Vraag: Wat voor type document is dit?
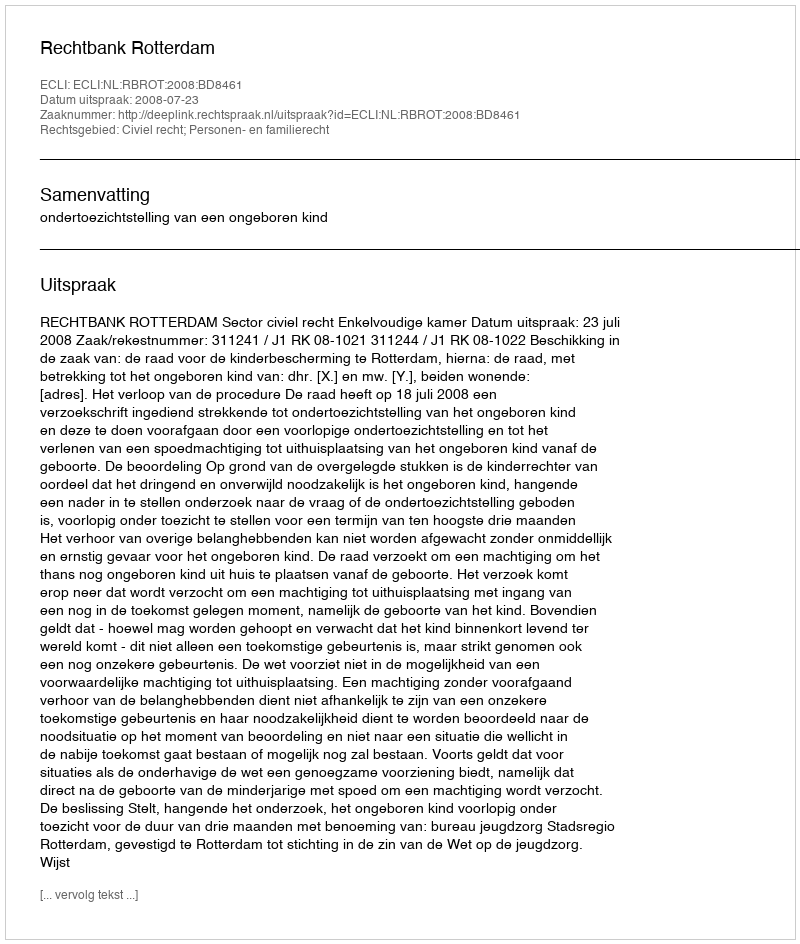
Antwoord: Uitspraak